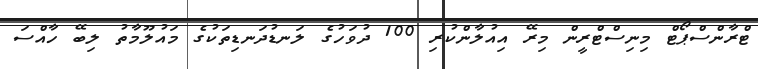
ޓްރާންސްޕޯޓް މިނިސްޓްރީން މިރޭ އިއުލާންކުރި 100 ދުވަހުގެ ލަނޑުދަނޑިތަކުގެ މައުލޫމާތު ލިބޭ ހާއްސަ